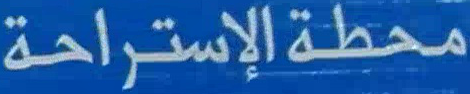
محطة الإستراحة